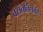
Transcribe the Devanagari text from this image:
बसंततिलका